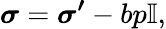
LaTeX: \boldsymbol{\sigma}=\boldsymbol{\sigma^{\prime}}-bp\boldsymbol{\mathbb{I}},